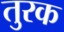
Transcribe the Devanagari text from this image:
तुरक